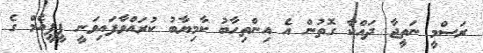
ރަސްމީ ނަތީޖާ ދައްކާ ގޮތުން އެ އިންތިހާބު ކާމިޔާބު ކުރައްވާފައިވަނީ ޕީޕީއެމް ގެ